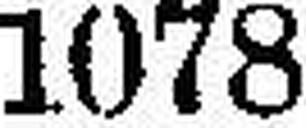
1078